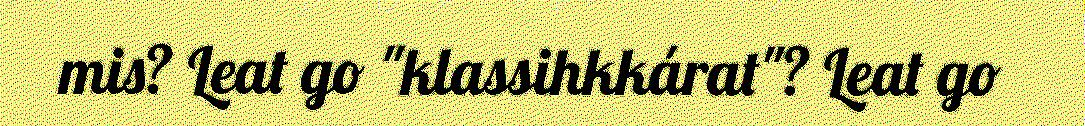
mis? Leat go "klassihkkárat"? Leat go